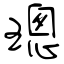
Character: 璁